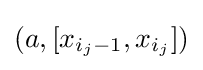
(a,[x_{i_{j}-1},x_{i_{j}}])